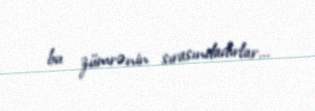
bu zümrənin sırasındadırlar...